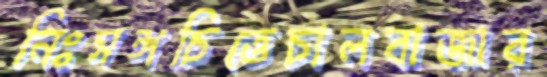
নিঃসঙ্গচিত্তেচালবাজার